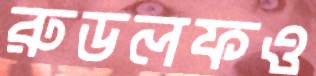
রুডলফও